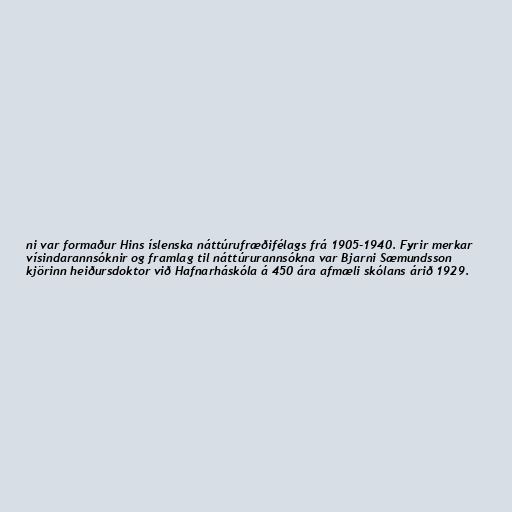
ni var formaður Hins íslenska náttúrufræðifélags frá 1905-1940. Fyrir merkar
vísindarannsóknir og framlag til náttúrurannsókna var Bjarni Sæmundsson
kjörinn heiðursdoktor við Hafnarháskóla á 450 ára afmæli skólans árið 1929.